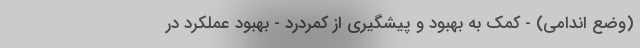
(وضع اندامی) - کمک به بهبود و پیشگیری از کمردرد - بهبود عملکرد در